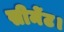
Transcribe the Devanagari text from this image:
सीमेंट।